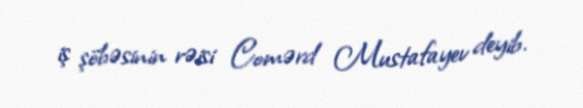
iş şöbəsinin rəisi Comərd Mustafayev deyib.